Investigations on Bengal jail dietaries - Number 37
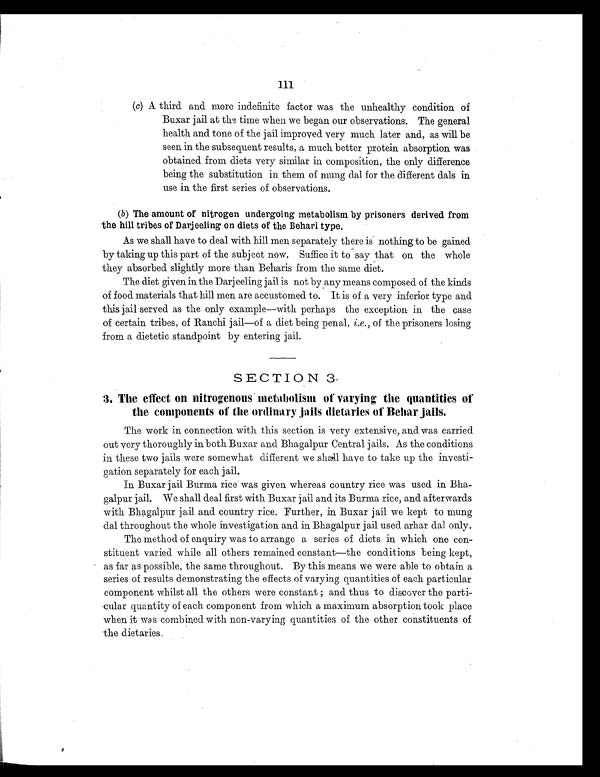
106
Therefore we may conclude that the amount of nitrogenous metabolism from
a diet composed of—
Burma rice
.
.
.
.
. 13.34 ozs.
for each prisoner per day
Wheat ata
.
.
.
.
. 10.00 „
D a l s
.
.
.
.
. 6.00 „
Vegetables
.
.
.
.
. 6. 00 „
and equivalent to an intake of 16.75 grms. of nitrogen daily is, under ordinary
circumstances, 52.36 per cent. of the nitrogen of the diet or 8.76 grms. of nitrogen
per man daily.
(3) Batch IV had to be excluded from this average, for the amount of Burma
rice consumed by the batch was much below the average consumption
of rice by the other three batches and, as will be evident from these investiga-
tions, a decrease in the amount of rice from the ordinary jail quantity always
leads to a greater absolute and relative absorption of the nitrogen of the food.
In Batch IV—
Nitrogen of intake is 404.84 grms., of which 100.28 grms. is from rice. The
amount of nitrogenous metabolism= 231.75 grms.
= 5 7 . 2 4 p e r c e n t .
o f t h e n i t r o g e n o f t h e d i e t ,
or 9.26 grms. of nitrogen per man daily.
By contrasting the nitrogenous metabolism (average) of batches I, II and III
with batch IV, it is evident that a reduction in the quantity of rice from 13.34 ozs.
to 11.40 ozs. per man daily is at once accompanied by an increase in the relative
and actual amount of nitrogen absorbed, i.e ., from 52.36 per cent. to 57.24 per
c e n t . , a n d f r o m 8 . 7 6 g r ms . t o 9 . 2 6 g r ms . o f n i t r o g e n p e r m a n d a i l y .
On the whole the average nitrogenous metabolism in Buxar jail was on a low
level, due probably to many causes. At the time these observations were carried
out the health of Buxar jail was bad, owing to an epidemic of dysentery and much
diarrhœa. Another factor was probably the poor condition of the dals used in
these observations. The change for the better that took place in later experi-
ments when mung dal was given in place of the other dals was very marked.
(4) This investigation on picked healthy men on hard labour further shows
that the prisoners are quite unable to consume the full quantity of Burma rice
sanctioned for their diet.
Each prisoner is allowed 16 ozs. of rice daily along with the other constituents
of the diet scale.